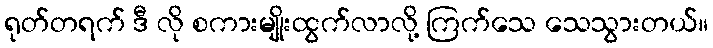
ရုတ်တရက် ဒီ လို စကားမျိုးထွက်လာလို့ ကြက်သေ သေသွားတယ်။